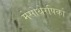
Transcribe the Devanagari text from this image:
मेसोथेरपिको